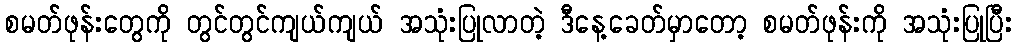
စမတ်ဖုန်းတွေကို တွင်တွင်ကျယ်ကျယ် အသုံးပြုလာတဲ့ ဒီနေ့ခေတ်မှာတော့ စမတ်ဖုန်းကို အသုံးပြုပြီး